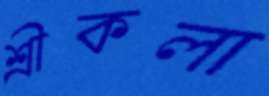
শ্রীকলা